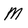
Character: M